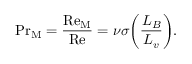
\mathrm { P r } _ { \mathrm { M } } = \frac { \mathrm { R e } _ { \mathrm { M } } } { \mathrm { R e } } = \nu \sigma \biggl ( \frac { L _ { B } } { L _ { v } } \biggr ) .